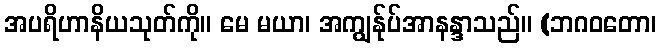
အပရိဟာနိယသုတ်ကို။ မေ မယာ၊ အကျွန်ုပ်အာနန္ဒာသည်။ (ဘဂဝတော၊